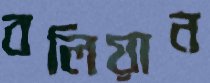
বলিয়ান